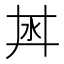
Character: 𣲜